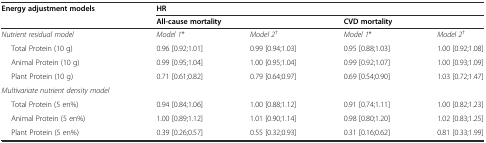
| Energy adjustment models | <COLSPAN=4> HR |
 |  | <COLSPAN=2> All-cause mortality | <COLSPAN=2> CVD mortality |
 | --- | --- | --- | --- | --- |
 | Nutrient residual model | Model 1* | Model 2† | Model 1* | Model 2† |
 | Total Protein (10 g) | 0.96 [0.92;1.01] | 0.99 [0.94;1.03] | 0.95 [0.88;1.03] | 1.00 [0.92;1.08] |
 | Animal Protein (10 g) | 0.99 [0.95;1.04] | 1.00 [0.95;1.04] | 0.99 [0.92;1.07] | 1.00 [0.93;1.09] |
 | Plant Protein (10 g) | 0.71 [0.61;0.82] | 0.79 [0.64;0.97] | 0.69 [0.54;0.90] | 1.03 [0.72;1.47] |
 | Multivariate nutrient density model |  |  |  |  |
 | Total Protein (5 en%) | 0.94 [0.84;1.06] | 1.00 [0.88;1.12] | 0.91 [0.74;1.11] | 1.00 [0.82;1.23] |
 | Animal Protein (5 en%) | 1.00 [0.89;1.12] | 1.01 [0.90;1.14] | 0.98 [0.80;1.20] | 1.02 [0.83;1.25] |
 | Plant Protein (5 en%) | 0.39 [0.26;0.57] | 0.55 [0.32;0.93] | 0.31 [0.16;0.62] | 0.81 [0.33;1.99] |